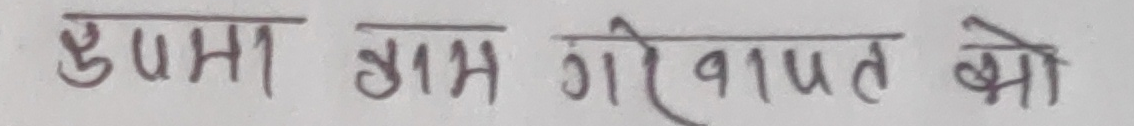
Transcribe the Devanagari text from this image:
कुश्मा ग्राम गरिपात को